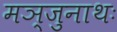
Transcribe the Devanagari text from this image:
मञ्जुनाथः